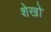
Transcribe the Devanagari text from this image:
शेखो